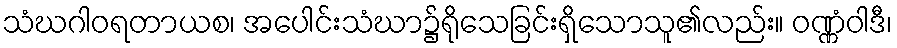
သံဃဂါဝရတာယစ၊ အပေါင်းသံဃာ၌ရိုသေခြင်းရှိသောသူ၏လည်း။ ဝဏ္ဏံဝါဒီ၊